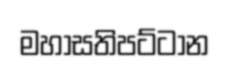
මහාසතිපට්ටාන